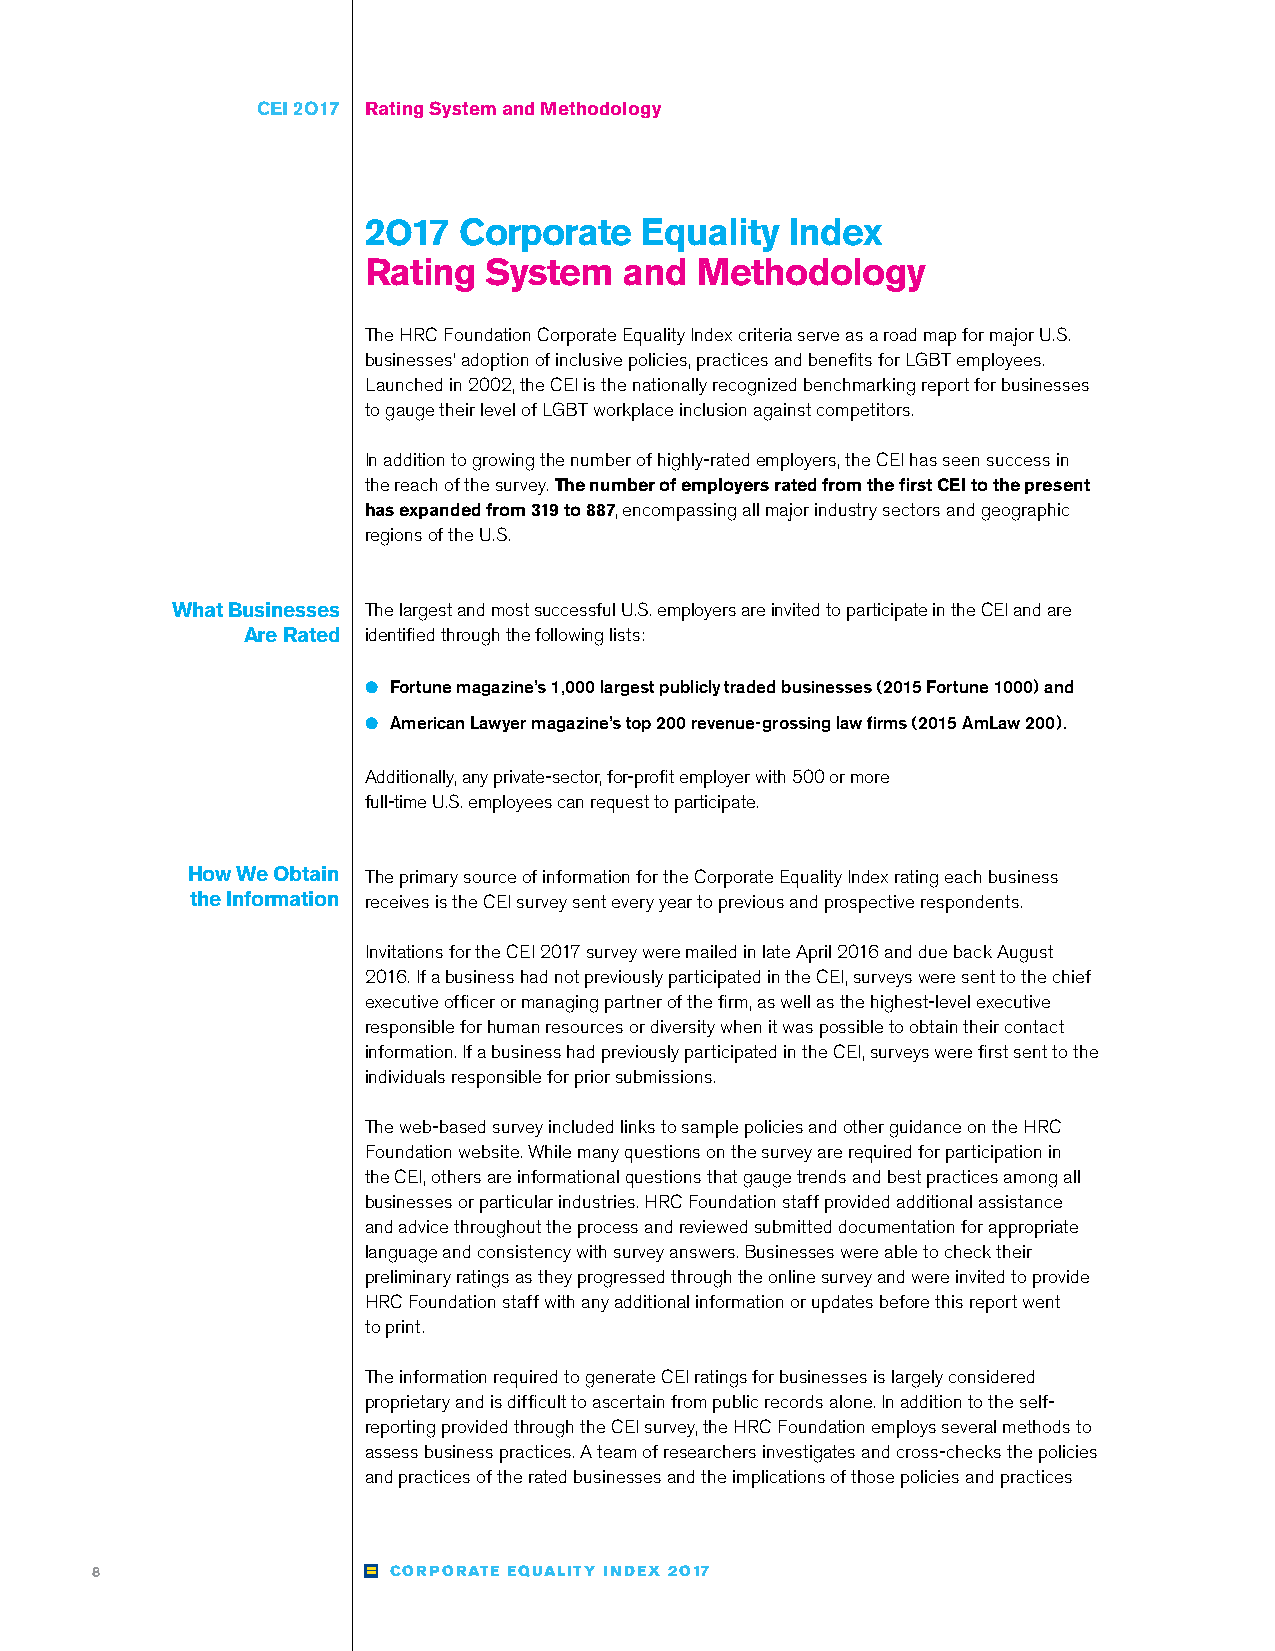
CEI 2O17 Rating System and Methodology
 2O17  Corporate   Equality  Index
 Rating  System   and  Methodology
 The HRC Foundation Corporate Equality Index criteria serve as a road map for major U.S.
 businesses’ adoption of inclusive policies, practices and benefits for LGBT employees.
 Launched in 2002, the CEI is the nationally recognized benchmarking report for businesses
 to gauge their level of LGBT workplace inclusion against competitors.
 In addition to growing the number of highly-rated employers, the CEI has seen success in
 the reach of the survey. The number of employers rated from the first CEI to the present
 has expanded from 319 to 887, encompassing all major industry sectors and geographic
 regions of the U.S.
 What Businesses The largest and most successful U.S. employers are invited to participate in the CEI and are
 Are Rated identified through the following lists:
 ●● Fortune magazine’s 1,000 largest publicly traded businesses (2015 Fortune 1000) and
 ●● American Lawyer magazine’s top 200 revenue-grossing law firms (2015 AmLaw 200).
 Additionally, any private-sector, for-profit employer with 500 or more
 full-time U.S. employees can request to participate.
 How We Obtain The primary source of information for the Corporate Equality Index rating each business
 the Information receives is the CEI survey sent every year to previous and prospective respondents.
 Invitations for the CEI 2017 survey were mailed in late April 2016 and due back August
 2016. If a business had not previously participated in the CEI, surveys were sent to the chief
 executive officer or managing partner of the firm, as well as the highest-level executive
 responsible for human resources or diversity when it was possible to obtain their contact
 information. If a business had previously participated in the CEI, surveys were first sent to the
 individuals responsible for prior submissions.
 The web-based survey included links to sample policies and other guidance on the HRC
 Foundation website. While many questions on the survey are required for participation in
 the CEI, others are informational questions that gauge trends and best practices among all
 businesses or particular industries. HRC Foundation staff provided additional assistance
 and advice throughout the process and reviewed submitted documentation for appropriate
 language and consistency with survey answers. Businesses were able to check their
 preliminary ratings as they progressed through the online survey and were invited to provide
 HRC Foundation staff with any additional information or updates before this report went
 to print.
 The information required to generate CEI ratings for businesses is largely considered
 proprietary and is difficult to ascertain from public records alone. In addition to the self-
 reporting provided through the CEI survey, the HRC Foundation employs several methods to
 assess business practices. A team of researchers investigates and cross-checks the policies
 and practices of the rated businesses and the implications of those policies and practices
 8                   CORPORATE EQUALITY INDEX 2O17